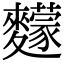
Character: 䵆